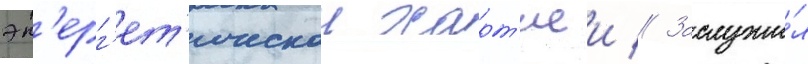
эн'ерг'ет'ическои харт'иеи // Заслужи́л